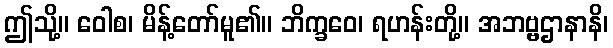
ဤသို့။ ဝေါစ၊ မိန့်တော်မူ၏။ ဘိက္ခဝေ၊ ရဟန်းတို့။ အဘဗ္ဗဌာနာနိ၊